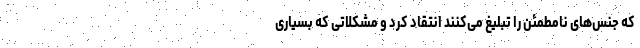
که جنس‌های نامطمئن را تبلیغ می‌کنند انتقاد کرد و مشکلاتی که بسیاری